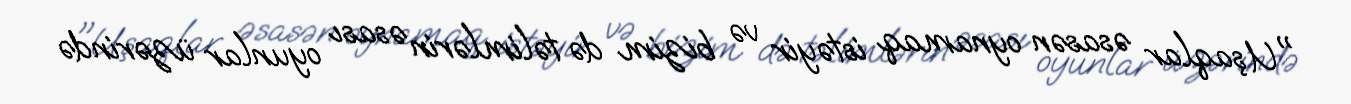
"Uşaqlar əsasən oynamaq istəyir və bizim də təlimlərin əsası oyunlar üzərində